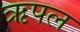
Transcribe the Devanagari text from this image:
ऋपल